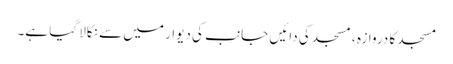
مسجد کا دروازہ ، مسجد کی دائیں جانب کی دیوار میں سے نکالا گیا ہے۔